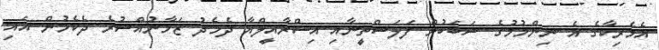
އެމެރިކާގެ އެ ނިންމުމުގެ ސަބަބުން ފަލަސްތީނާއި އިސްރާއީލްއާ ދެމެދު ޒަމާނުއްސުރެ ދެކެމުން އައި